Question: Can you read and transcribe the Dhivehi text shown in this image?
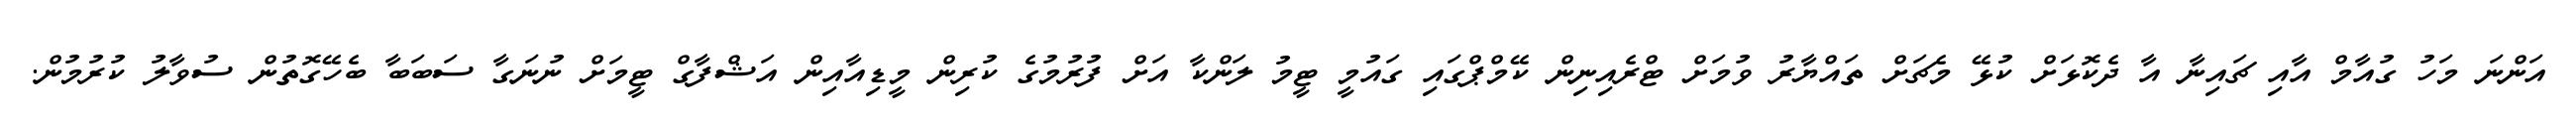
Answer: އަންނަ މަހު ގުއާމް އާއި ޗައިނާ އާ ދެކޮޅަށް ކުޅޭ މެޗަށް ތައްޔާރު ވުމަށް ޓްރެއިނިން ކޭމްޕްގައި ގައުމީ ޓީމު ލަންކާ އަށް ފުރުމުގެ ކުރިން މީޑިއާއިން އަޝްފާގް ޓީމަށް ނުނަގާ ސަބަބާ ބެހޭގޮތުން ސުވާލު ކުރުމުން.